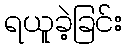
ရယူခဲ့ခြင်း